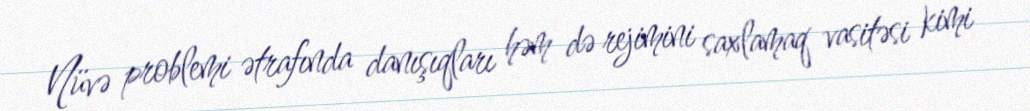
Nüvə problemi ətrafında danışıqları həm də rejimini saxlamaq vasitəsi kimi